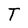
Character: T